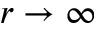
r \to \infty